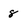
Character: 8